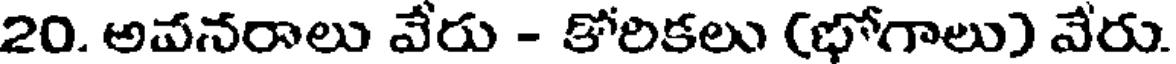
20. అవనరాలు వేరు - కోరికలు (భోగాలు) వేరు.